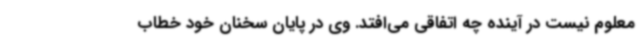
معلوم نیست در آینده چه اتفاقی می‌افتد. وی در پایان سخنان خود خطاب